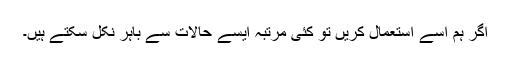
اگر ہم اسے استعمال کریں تو کئی مرتبہ ایسے حالات سے باہر نکل سکتے ہیں۔